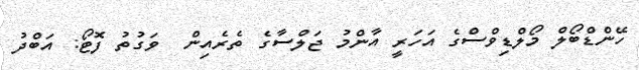
ހޭންޑްބޯލް މޯލްޑިވްސްގެ އަހަރީ އާންމު ޖަލްސާގެ ތެރެއިން  ވަގުތު ފޮޓޯ: އަބްދު